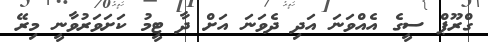
ގްރޫޕް ސީގެ އެއްވަނަ އަދި ދެވަނަ އަށް ދާ ޓީމު ކަށަވަރުވާނީ މިރޭ